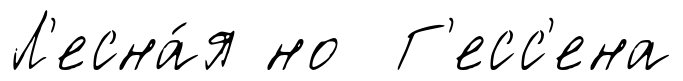
Л'есна́я но Г'есс'ена